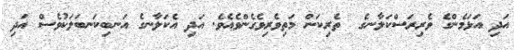
އަދި އަޅަމެންގެ ވެރިރަސްކަލާނގެ  ތެރިކަން މަތިވެރިވެގެންވެއެވެ. އަދި އެކަލާނގެ އަނބިކަނބަލަކުވެސް އަދި